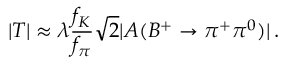
| T | \approx \lambda \frac { f _ { K } } { f _ { \pi } } \sqrt { 2 } | A ( B ^ { + } \to \pi ^ { + } \pi ^ { 0 } ) | \, .